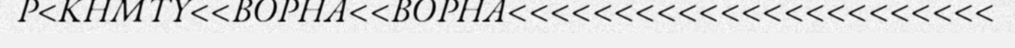
P<KHMTY<<BOPHA<<BOPHA<<<<<<<<<<<<<<<<<<<<<<<